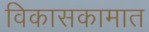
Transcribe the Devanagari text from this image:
विकासकामात